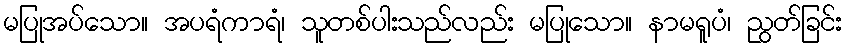
မပြုအပ်သော။ အပရံကာရံ၊ သူတစ်ပါးသည်လည်း မပြုသော။ နာမရူပံ၊ ညွတ်ခြင်း